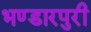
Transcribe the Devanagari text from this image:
भण्डारपुरी